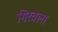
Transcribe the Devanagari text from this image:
गिरवला